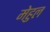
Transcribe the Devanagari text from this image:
मेहुल